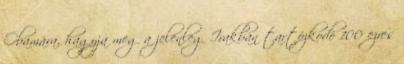
Obamára, hagyja meg a jelenleg Irakban tartózkodó 100 ezres